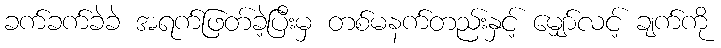
ခက်ခက်ခဲခဲ အရက်ဖြတ်ခဲ့ပြီးမှ တစ်မနက်တည်းနှင့် မျှော်လင့် ချက်ကို